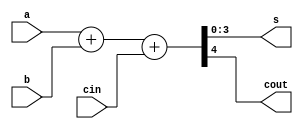
module adder4(s,cout,a,b,cin);
input [3:0] a,b;
input cin;
output [3:0] s;
output cout;

assign {cout,s}=a+b+cin;

endmodule